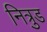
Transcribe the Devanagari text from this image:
नित्रुड